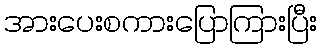
အားပေးစကားပြောကြားပြီး